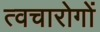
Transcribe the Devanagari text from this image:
त्वचारोगों